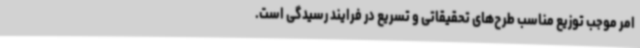
امر موجب توزیع مناسب طرح‌های تحقیقاتی و تسریع در فرایند رسیدگی است.